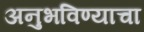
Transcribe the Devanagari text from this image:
अनुभविण्याचा